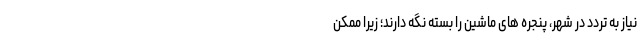
نیاز به تردد در شهر، پنجره های ماشین را بسته نگه دارند؛ زیرا ممکن